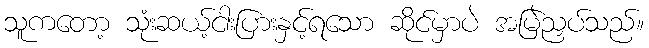
သူကတော့ သုံးဆယ့်ငါးပြားနှင့်ရသော ဆိုင်မှာပဲ အမြဲညှပ်သည်။